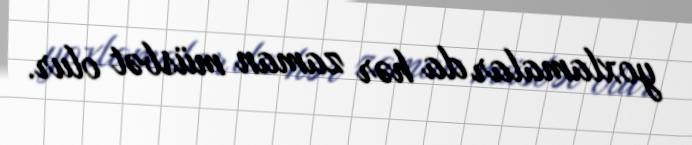
yoxlamalar da hər zaman müsbət olur.